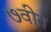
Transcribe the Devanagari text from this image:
७वीत